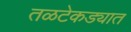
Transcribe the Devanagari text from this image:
तळटेकड्यात